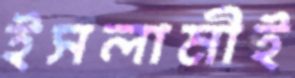
ইসলামীই